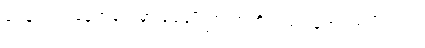
ရေနက်တဲ့ နေရာတွေမှာ ရေချိုးကြတာကိုလည်း ရှောင်ကျဉ်ကြပါ။